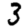
Digit: 3